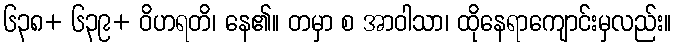
၆၃၈+ ၆၃၉+ ဝိဟရတိ၊ နေ၏။ တမှာ စ အာဝါသာ၊ ထိုနေရာကျောင်းမှလည်း။